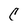
Character: c